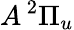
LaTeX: A\, {^2\Pi_{u}}